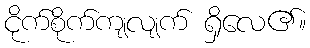
ငိုက်စိုက်ကျလျက် ရှိလေ၏။